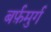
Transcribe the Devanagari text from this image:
बर्फ़मुर्ग